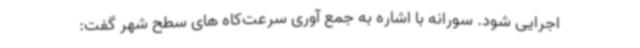
اجرایی شود. سورانه با اشاره به جمع آوری سرعت‌کاه های سطح شهر گفت: